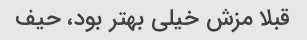
قبلا مزش خیلی بهتر بود، حیف